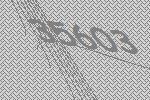
35603